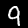
Digit: 9